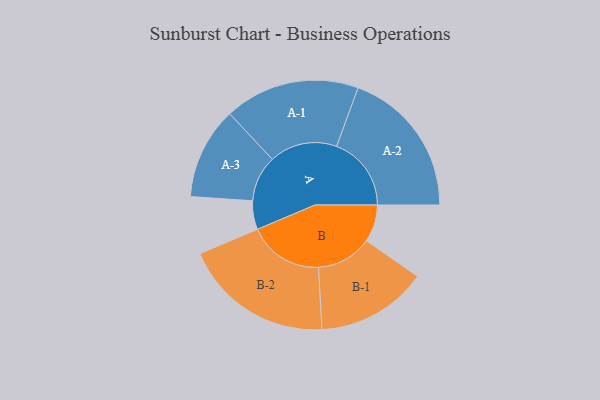
{"axis": {"x": "Segment", "y": "Value"}, "legend": ["", "A", "B"], "data": [{"x": "A", "y": 114, "type": ""}, {"x": "B", "y": 148, "type": ""}, {"x": "A-1", "y": 269, "type": "A"}, {"x": "A-2", "y": 297, "type": "A"}, {"x": "A-3", "y": 183, "type": "A"}, {"x": "B-1", "y": 221, "type": "B"}, {"x": "B-2", "y": 299, "type": "B"}]}